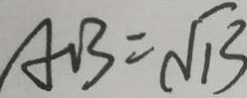
a b = \sqrt { 1 3 }